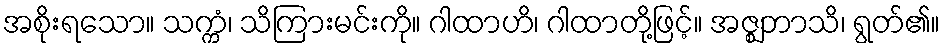
အစိုးရသော။ သက္ကံ၊ သိကြားမင်းကို။ ဂါထာဟိ၊ ဂါထာတို့ဖြင့်။ အဇ္ဈဘာသိ၊ ရွတ်၏။